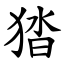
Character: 㹺